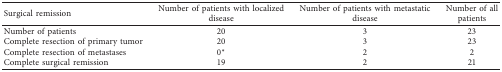
<table><thead><tr><td><b>Surgical remission</b></td><td><b>Number of patients with localized disease</b></td><td><b>Number of patients with metastatic disease</b></td><td><b>Number of all patients</b></td></tr></thead><tbody><tr><td>Number of patients</td><td>20</td><td>3</td><td>23</td></tr><tr><td>Complete resection of primary tumor</td><td>20</td><td>3</td><td>23</td></tr><tr><td>Complete resection of metastases</td><td>0<sup>∗</sup></td><td>2</td><td>2</td></tr><tr><td>Complete surgical remission</td><td>19</td><td>2</td><td>21</td></tr></tbody></table>